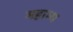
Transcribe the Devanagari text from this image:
महाम्य